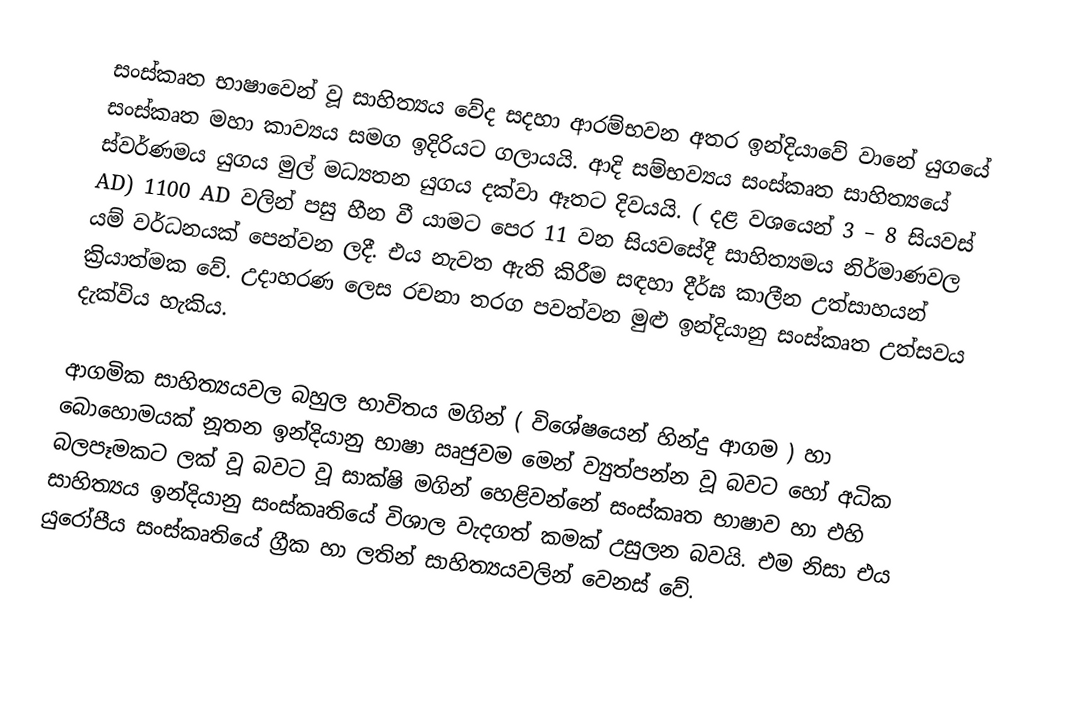
සංස්කෘත භාෂාවෙන් වූ සාහිත්‍යය වේද සදහා ආරම්භවන අතර ඉන්දියාවේ වානේ යුගයේ සංස්කෘත මහා කාව්‍යය සමග ඉදිරියට ගලායයි. ආදි සම්භව්‍යය සංස්කෘත සාහිත්‍යයේ ස්වර්ණමය යුගය මුල් මධ්‍යතන යුගය දක්වා ඈතට දිවයයි. ( දළ වශයෙන් 3 – 8 සියවස් AD) 1100 AD වලින් පසු හීන වී යාමට පෙර 11 වන සියවසේදී සාහිත්‍යමය නිර්මාණවල යම් වර්ධනයක් පෙන්වන ලදී‍. එය නැවත ඇති කිරීම සඳහා දීර්ඝ කාලීන උත්සාහයන් ක්‍රියාත්මක වේ. උදාහරණ ලෙස රචනා තරග පවත්වන මුළු ඉන්දියානු සංස්කෘත උත්සවය දැක්විය හැකිය.

ආගමික සාහිත්‍යයවල බහුල භාවිතය මගින් ( වි‍ශේෂයෙන් හින්දු ආගම ) හා බොහොමයක් නූතන ඉන්දියානු භාෂා ඍජුවම මෙන් ව්‍යුත්පන්න වූ බවට හෝ අධික බලපෑමකට ලක් වූ බවට වූ සාක්ෂි මගින් හෙළිවන්නේ සංස්කෘත භාෂාව හා එහි සාහිත්‍යය ඉන්දියානු සංස්කෘතියේ විශාල වැදගත් කමක් උසුලන බවයි. එම නිසා එය යුරෝපීය සංස්කෘතියේ ග්‍රීක හා ලතින් සාහිත්‍යයවලින් වෙනස් වේ.